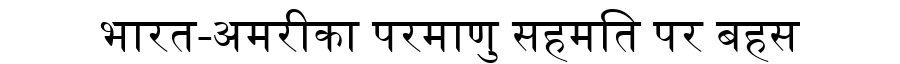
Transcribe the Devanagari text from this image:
भारत-अमरीका परमाणु सहमति पर बहस